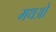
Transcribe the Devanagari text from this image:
मथओ